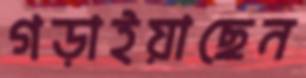
গড়াইয়াছেন